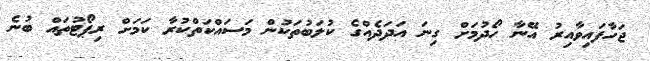
ޖަހާފައިވާއިރު އޭނާ ހޯދުމަށް ގިނަ އަދަދެއްގެ ކުލަބުތަކުން މަސައްކަތްކުރާ ކަމަށް ރިޕޯޓުތައް ބުނެ